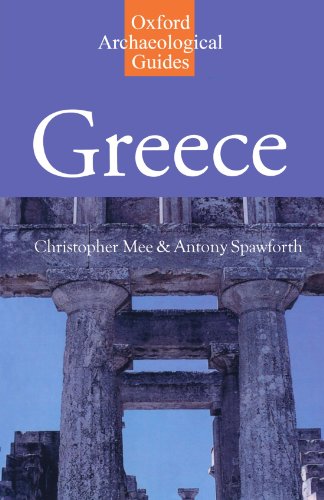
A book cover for Greece: An Oxford Archaeological Guide (Oxford Archaeological Guides); Christopher Mee; Travel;